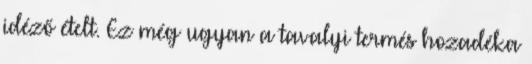
idéző ételt. Ez még ugyan a tavalyi termés hozadéka